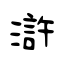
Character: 滸